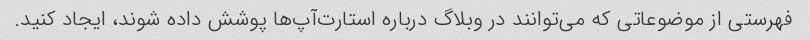
فهرستی از موضوعاتی که می‌توانند در وبلاگ درباره استارت‌آپ‌ها پوشش داده شوند، ایجاد کنید.